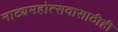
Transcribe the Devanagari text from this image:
नाट्यमहोत्सवासाठीही